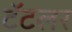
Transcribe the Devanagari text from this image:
टॅटलर